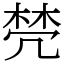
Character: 棾